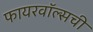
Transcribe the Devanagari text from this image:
फायरवॉल्सची